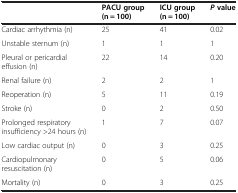
<table><thead><tr><td></td><td><b>PACU group (n = 100)</b></td><td><b>ICU group (n = 100)</b></td><td><b><i>P</i>value</b></td></tr></thead><tbody><tr><td>Cardiac arrhythmia (n)</td><td>25</td><td>41</td><td>0.02</td></tr><tr><td>Unstable sternum (n)</td><td>1</td><td>1</td><td>1</td></tr><tr><td>Pleural or pericardial effusion (n)</td><td>22</td><td>14</td><td>0.20</td></tr><tr><td>Renal failure (n)</td><td>2</td><td>2</td><td>1</td></tr><tr><td>Reoperation (n)</td><td>5</td><td>11</td><td>0.19</td></tr><tr><td>Stroke (n)</td><td>0</td><td>2</td><td>0.50</td></tr><tr><td>Prolonged respiratory insufficiency &gt;24 hours (n)</td><td>1</td><td>7</td><td>0.07</td></tr><tr><td>Low cardiac output (n)</td><td>0</td><td>3</td><td>0.25</td></tr><tr><td>Cardiopulmonary resuscitation (n)</td><td>0</td><td>5</td><td>0.06</td></tr><tr><td>Mortality (n)</td><td>0</td><td>3</td><td>0.25</td></tr></tbody></table>